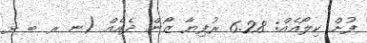
ފުށް ކިލޯއެއް: 6.28 ރުފިޔާ ޒޯން ދެއެއް (ނ ރ ބ ޅ